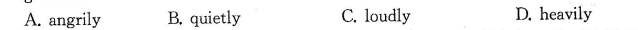
A. angrily B.quietly C. loudly D. heavily